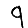
Digit: 9